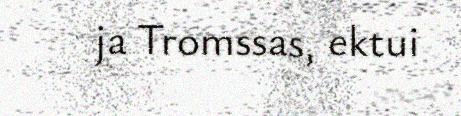
ja Tromssas, ektui